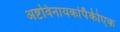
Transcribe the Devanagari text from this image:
अष्टविनायकांपैकीएक